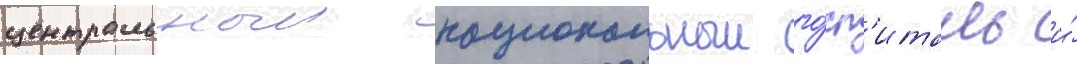
центральныи национальныи го́сп'италь и́